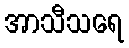
အာသီသရေ